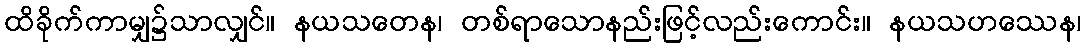
ထိခိုက်ကာမျှ၌သာလျှင်။ နယသတေန၊ တစ်ရာသောနည်းဖြင့်လည်းကောင်း။ နယသဟဿေန၊